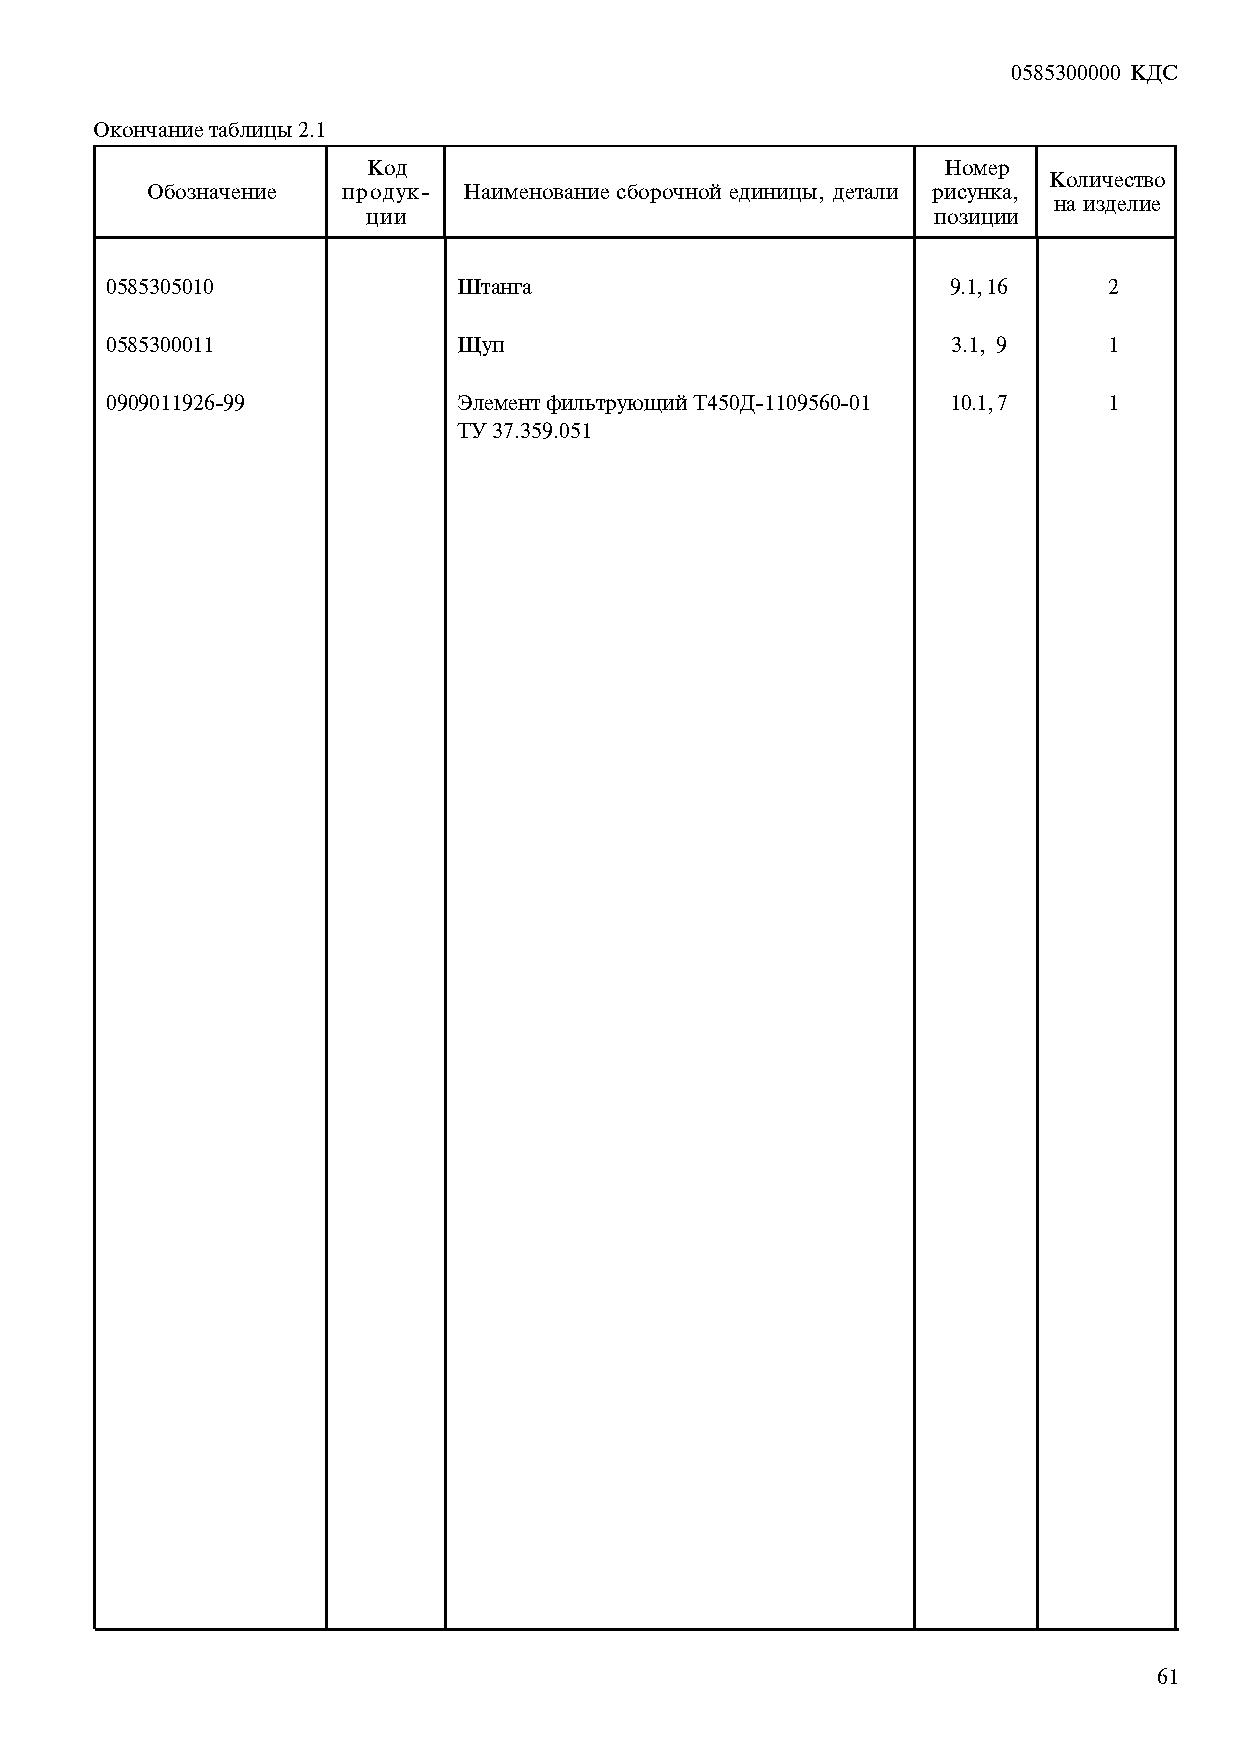
0585300000 ÊÄÑ
 Îêîí÷àíèå òàáëèöû 2.1
 Kîä                                   Íîìåð
 Kîëè÷åñòâî
 Îáîçíà÷åíèå  ïðîäóê- Íàèìåíîâàíèå ñáîðî÷íîé åäèíèöû, äåòàëè ðèñóíêà,
 íà èçäåëèå
 öèè                                   ïîçèöèè
 0585305010             Øòàíãà                           9.1, 16   2
 0585300011             Ùóï                              3.1, 9    1
 0909011926-99          Ýëåìåíò ôèëüòðóþùèé Ò450Ä-1109560-01 10.1, 7 1
 ÒÓ 37.359.051
 61